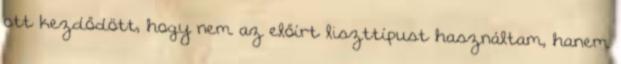
ott kezdődött, hogy nem az előírt liszttípust használtam, hanem